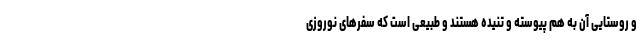
و روستایی آن به هم پیوسته و تنیده هستند و طبیعی است که سفرهای نوروزی